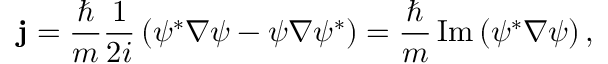
\mathbf { j } = { \frac { \hbar } { m } } { \frac { 1 } { 2 i } } \left( \psi ^ { * } \nabla \psi - \psi \nabla \psi ^ { * } \right) = { \frac { \hbar } { m } } \operatorname { I m } \left( \psi ^ { * } \nabla \psi \right) ,